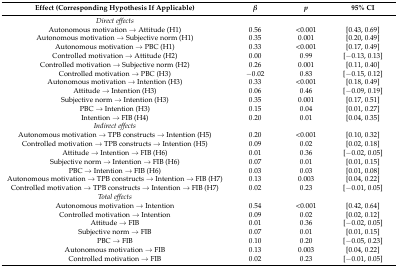
<table><thead><tr><td><b>Effect (Corresponding Hypothesis If Applicable)</b></td><td><b><i>β</i></b></td><td><b><i>p</i></b></td><td><b>95% CI</b></td></tr></thead><tbody><tr><td><i>Direct effects</i></td><td></td><td></td><td></td></tr><tr><td>Autonomous motivation → Attitude (H1)</td><td>0.56</td><td>&lt;0.001</td><td>[0.43, 0.69]</td></tr><tr><td>Autonomous motivation → Subjective norm (H1)</td><td>0.35</td><td>0.001</td><td>[0.20, 0.49]</td></tr><tr><td>Autonomous motivation → PBC (H1)</td><td>0.33</td><td>&lt;0.001</td><td>[0.17, 0.49]</td></tr><tr><td>Controlled motivation → Attitude (H2)</td><td>0.00</td><td>0.99</td><td>[−0.13, 0.13]</td></tr><tr><td>Controlled motivation → Subjective norm (H2)</td><td>0.26</td><td>0.001</td><td>[0.11, 0.40]</td></tr><tr><td>Controlled motivation → PBC (H3)</td><td>−0.02</td><td>0.83</td><td>[−0.15, 0.12]</td></tr><tr><td>Autonomous motivation → Intention (H3)</td><td>0.33</td><td>&lt;0.001</td><td>[0.18, 0.49]</td></tr><tr><td>Attitude → Intention (H3)</td><td>0.06</td><td>0.46</td><td>[−0.09, 0.19]</td></tr><tr><td>Subjective norm → Intention (H3)</td><td>0.35</td><td>0.001</td><td>[0.17, 0.51]</td></tr><tr><td>PBC → Intention (H3)</td><td>0.15</td><td>0.04</td><td>[0.01, 0.27]</td></tr><tr><td>Intention → FIB (H4)</td><td>0.20</td><td>0.01</td><td>[0.04, 0.35]</td></tr><tr><td><i>Indirect effects</i></td><td></td><td></td><td></td></tr><tr><td>Autonomous motivation → TPB constructs → Intention (H5)</td><td>0.20</td><td>&lt;0.001</td><td>[0.10, 0.32]</td></tr><tr><td>Controlled motivation → TPB constructs → Intention (H5)</td><td>0.09</td><td>0.02</td><td>[0.02, 0.18]</td></tr><tr><td>Attitude → Intention → FIB (H6)</td><td>0.01</td><td>0.36</td><td>[−0.02, 0.05]</td></tr><tr><td>Subjective norm → Intention → FIB (H6)</td><td>0.07</td><td>0.01</td><td>[0.01, 0.15]</td></tr><tr><td>PBC → Intention → FIB (H6)</td><td>0.03</td><td>0.03</td><td>[0.01, 0.08]</td></tr><tr><td>Autonomous motivation → TPB constructs → Intention → FIB (H7) </td><td>0.13</td><td>0.003</td><td>[0.04, 0.22]</td></tr><tr><td>Controlled motivation → TPB constructs → Intention → FIB (H7)</td><td>0.02</td><td>0.23</td><td>[−0.01, 0.05]</td></tr><tr><td><i>Total effects</i></td><td></td><td></td><td></td></tr><tr><td>Autonomous motivation → Intention </td><td>0.54</td><td>&lt;0.001</td><td>[0.42, 0.64]</td></tr><tr><td>Controlled motivation → Intention</td><td>0.09</td><td>0.02</td><td>[0.02, 0.12]</td></tr><tr><td>Attitude → FIB</td><td>0.01</td><td>0.36</td><td>[−0.02, 0.05]</td></tr><tr><td>Subjective norm → FIB</td><td>0.07</td><td>0.01</td><td>[0.01, 0.15]</td></tr><tr><td>PBC → FIB</td><td>0.10</td><td>0.20</td><td>[−0.05, 0.23]</td></tr><tr><td>Autonomous motivation → FIB</td><td>0.13</td><td>0.003</td><td>[0.04, 0.22]</td></tr><tr><td>Controlled motivation → FIB</td><td>0.02</td><td>0.23</td><td>[−0.01, 0.05]</td></tr></tbody></table>